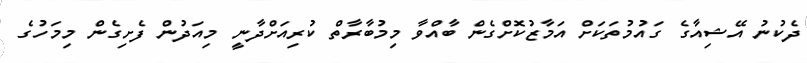
ދެކުުނު އޭޝިިއާގެ ގައުމުތަކަށް އަމާޒުކޮށްގެން ބާއްވާ މިމުބާރާތް ކުރިއަށްދާނީ މިއަދުން ފެށިގެން މިމަހުގެ